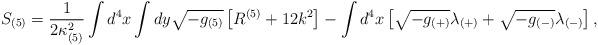
LaTeX: \begin{align*} S_{(5)} = \frac{1}{2 \kappa^2_{(5)}} \int d^4 x \int dy \sqrt{-g_{(5)}} \left[ R^{(5)} + 12k^2 \right] - \int d^4 x \left[\sqrt{-g_{(+)}} \lambda_{(+)} +\sqrt{-g_{(-)}} \lambda_{(-)} \right],\end{align*}